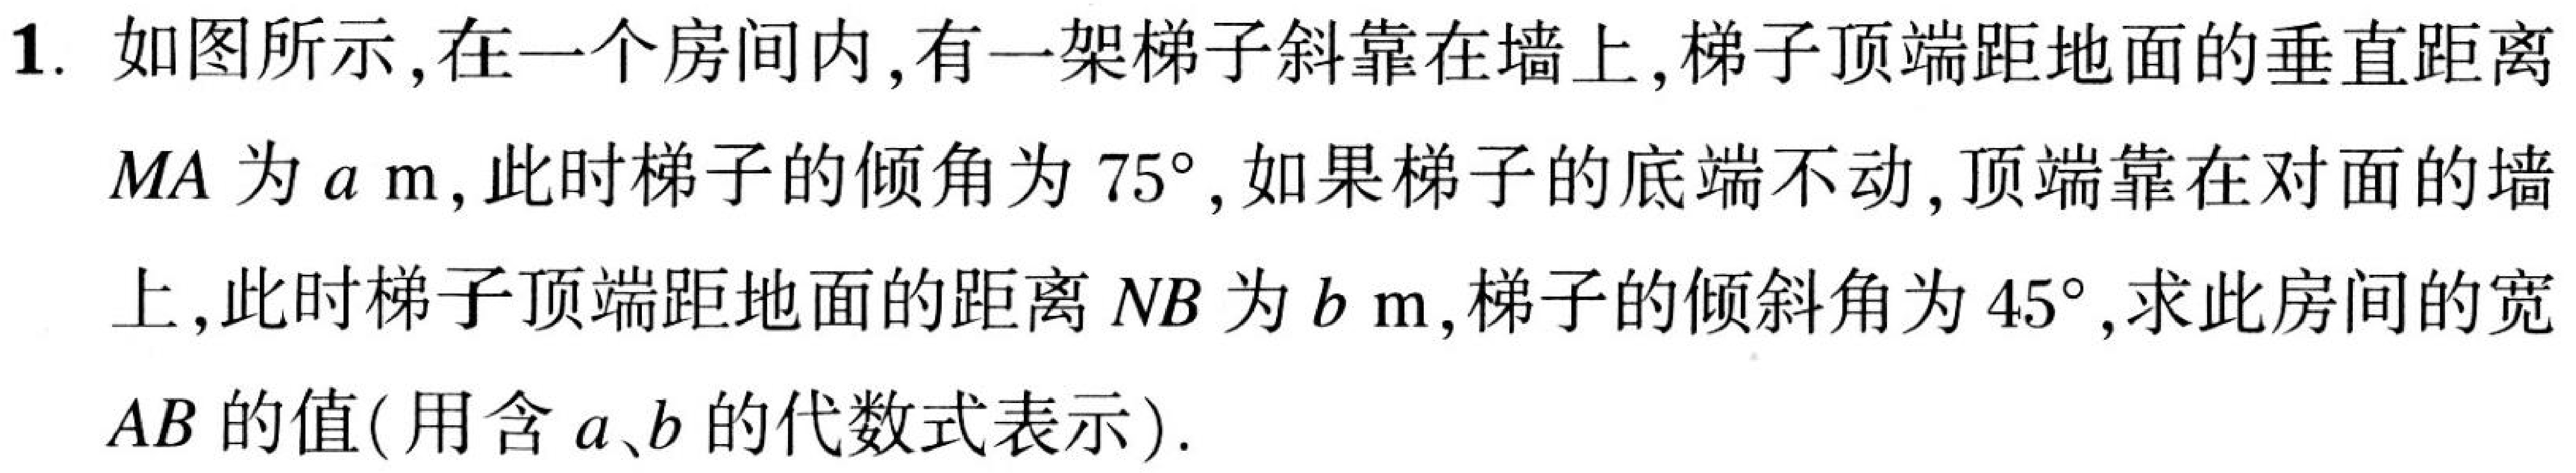
1. 如图所示，在一个房间内，有一架梯子斜靠在墙上，梯子顶端距地面的垂直距离
$MA$为$a\mathrm{\ m}$，此时梯子的倾角为$75^{\circ}$，如果梯子的底端不动，顶端靠在对面的墙
上，此时梯子顶端距地面的距离$NB$为$b\mathrm{\ m}$，梯子的倾斜角为$45^{\circ}$，求此房间的宽
$AB$的值(用含$a、b$的代数式表示).